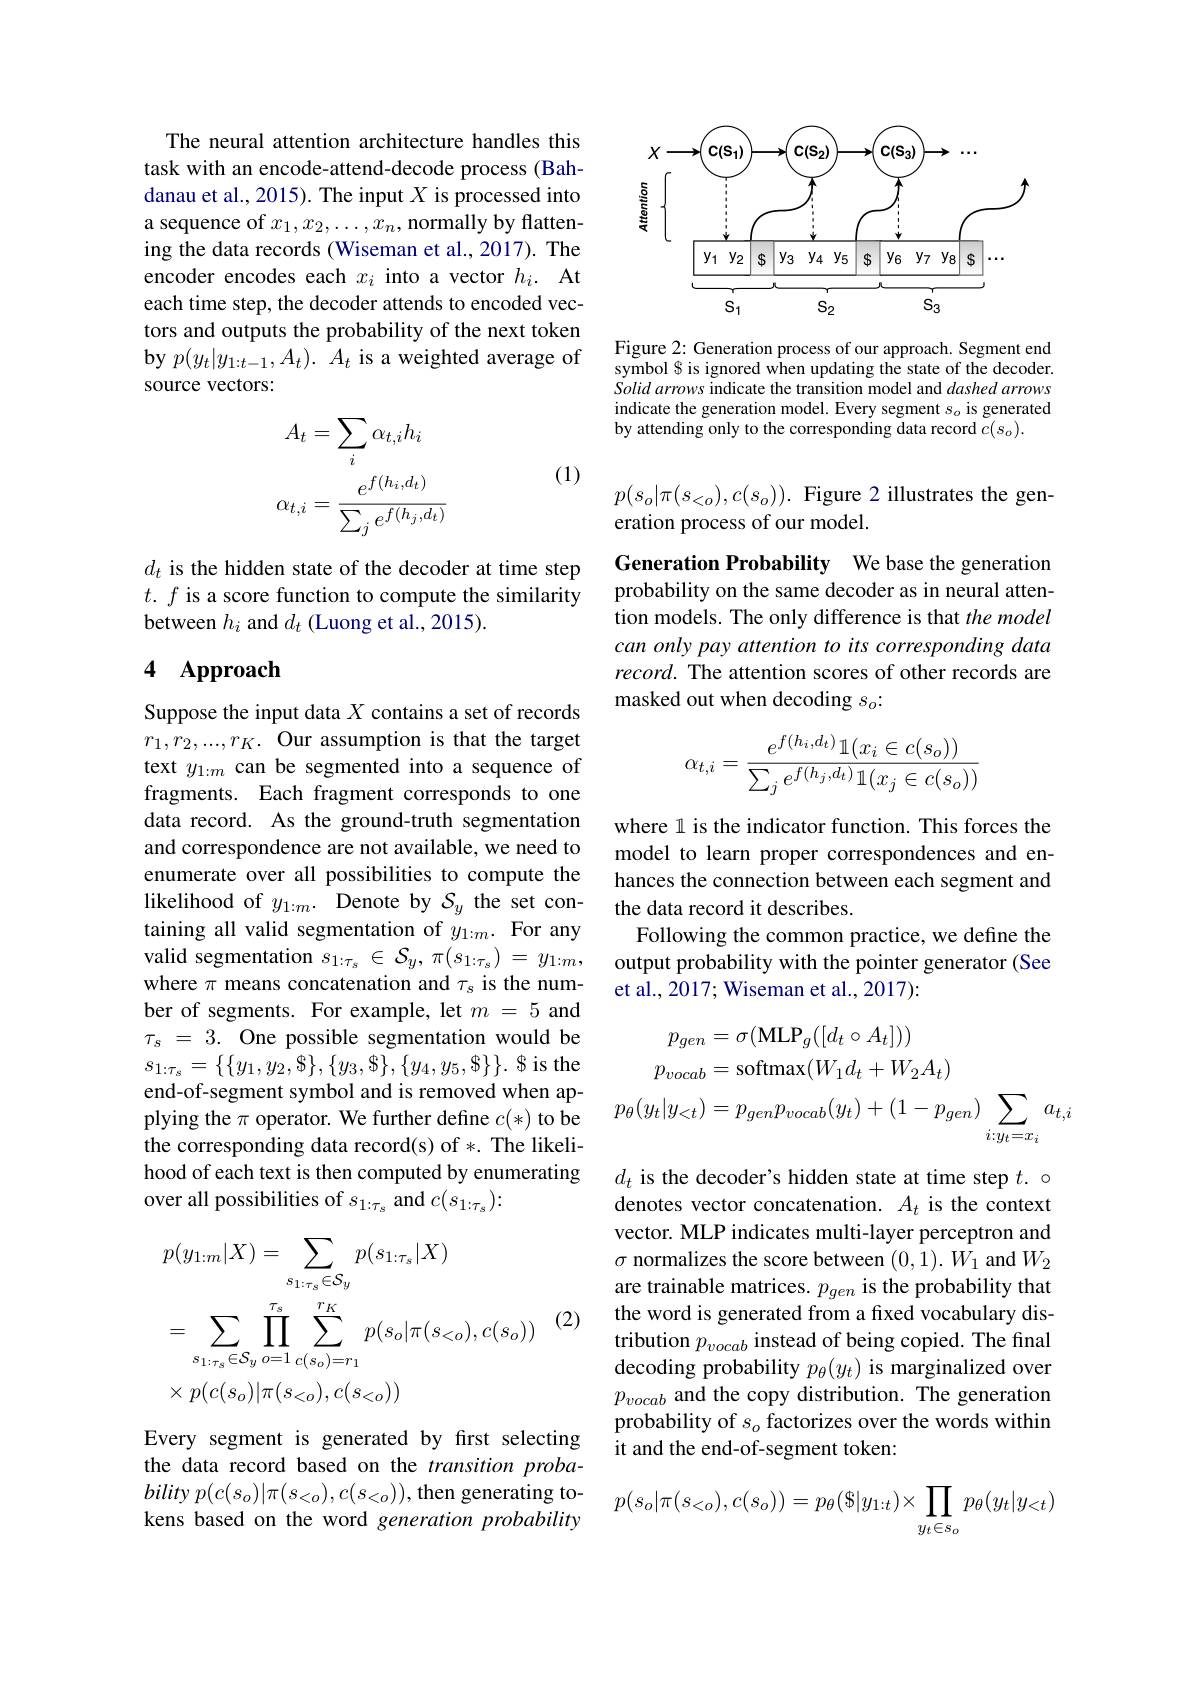
The neural attention architecture handles this task with an encode-attend-decode process (Bahdanau et al., 2015). The input $X$ is processed into a sequence of $x_1,x_2,\ldots,x_n$,normally by flattening the data records (Wiseman et al., 2017). The encoder encodes each $x_i$ into a vector $h_i.$ At each time step, the decoder attends to encoded vectors and outputs the probability of the next token by $p(y_t|y_{1:t-1},A_t).$ $A_t$ is a weighted average of source vectors:
$$A_{t}=\sum_{i}\alpha_{t,i}h_{i}\\\alpha_{t,i}=\frac{e^{f(h_{i},d_{t})}}{\sum_{j}e^{f(h_{j},d_{t})}}$$
(1)

$d_t$ is the hidden state of the decoder at time step $t.f$ is a score function to compute the similarity between $h_i$ and $d_t$ (Luong et al., 2015).

## 4 Approach

Suppose the input data $X$ contains a set of records $r_1,r_2,...,r_K.$ Our assumption is that the target text $y_{1:m}$ can be segmented into a sequence of fragments. Each fragment corresponds to one data record. As the ground-truth segmentation and correspondence are not available, we need to enumerate over all possibilities to compute the likelihood of $y_{1:m}.$ Denote by $\mathcal{S}_y$ the set containing all valid segmentation of $y_{1:m}.$ For any where $\pi$ means concatenation and $\tau_s$ is the number of segments. For example, let $m=5$ and $\tau _s$ = 3. One possible segmentation would be $s_{1:\tau_{s}}=\left\{\{y_{1},y_{2},\$\},\{y_{3},\$\},\{y_{4},y_{5},\$\}\right\}.\$$is the end-of-segment symbol and is removed when applying the $\pi$ operator. We further define $c(*)$ to be the corresponding data record(s) of *. The likelihood of each text is then computed by enumerating over all possibilities of $s_{1:\tau_s}$ and $c(s_{1:\tau_s})\colon$

(2)
$$\begin{aligned}&p(y_{1:m}|X)=\sum_{s_{1:\tau_{s}}\in\mathcal{S}_{y}}p(s_{1:\tau_{s}}|X)\\&=\sum_{s_{1:\tau_{s}}\in\mathcal{S}_{y}}\prod_{o=1}^{\tau_{s}}\sum_{c(s_{o})=r_{1}}^{r_{K}}p(s_{o}|\pi(s_{<o}),c(s_{o}))\\&\times p(c(s_{o})|\pi(s_{<o}),c(s_{<o}))\end{aligned}$$
Every segment is generated by first selecting the data record based on the transition proba- $bilityp(c(s_{o})|\pi(s_{<o}),c(s_{<o}))$,then generating tokens based on the word generation probability

<FigureHere>

Figure 2: Generation process of our approach. Segment end symbol $ is ignored when updating the state of the decoder. Solid arrows indicate the transition model and dashed arrows indicate the generation model. Every segment $s_o$ is generated by attending only to the corresponding data record $\bar{c}(s_o).$

$p(s_o|\pi(s_{<o}),c(s_o)).$ Figure 2 illustrates the gen-
eration process of our model.

Generation Probability We base the generation probability on the same decoder as in neural attention models. The only difference is that $the\textit{model}$ can only pay attention to its corresponding data record. The attention scores of other records are masked out when decoding $s_o{:}$
$$\alpha_{t,i}=\frac{e^{f(h_i,d_t)}\mathbb{1}(x_i\in c(s_o))}{\sum_je^{f(h_j,d_t)}\mathbb{1}(x_j\in c(s_o))}$$
where l is the indicator function. This forces the model to learn proper correspondences and enhances the connection between each segment and the data record it describes.
Following the common practice, we define the
valid segmentation $s_{1: \tau _{s}}\in \mathcal{S} _{y}, \pi ( s_{1: \tau _{s}}) = y_{1: m}$, output probability with the pointer generator (See
et al., 2017; Wiseman et al., 2017):
$$\begin{aligned}p_{gen}&=\sigma(\mathbf{MLP}_{g}([d_{t}\circ A_{t}]))\\p_{vocab}&=\mathrm{softmax}(W_{1}d_{t}+W_{2}A_{t})\\p_{\theta}(y_{t}|y_{<t})&=p_{gen}p_{vocab}(y_{t})+(1-p_{gen})\sum_{i:y_{t}=x_{i}}a_{t,i}\end{aligned}$$
$d_t$ is the decoder's hidden state at time step $t.\circ$ denotes vector concatenation. $A_t$ is the context vector. MLP indicates multi-layer perceptron and $\sigma$ normalizes the score between $(0,1).W_1$ and $W_2$ are trainable matrices. $p_{gen}$ is the probability that the word is generated from a from a fixed vocabulary distribution $p_vocab$ instead of being copied. The final decoding probability $p_\theta(y_t)$ is marginalized over $p_{vocab}$ and the copy distribution. The generation probability of $s_o$ factorizes over the words within it and the end-of-segment token:
$$p(s_o|\pi(s_{<o}),c(s_o))=p_\theta(\$|y_{1:t})\times\prod_{y_t\in s_o}p_\theta(y_t|y_{<t})$$